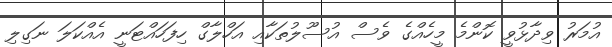
އުމަރު ވިދާޅުވީ ކޮންމެ މީހެއްގެ ވެސް އުސޫލުތަކާއި އަހްލާގް ހިފަހައްޓަނީ އެއްކަލަ ނަގިލި